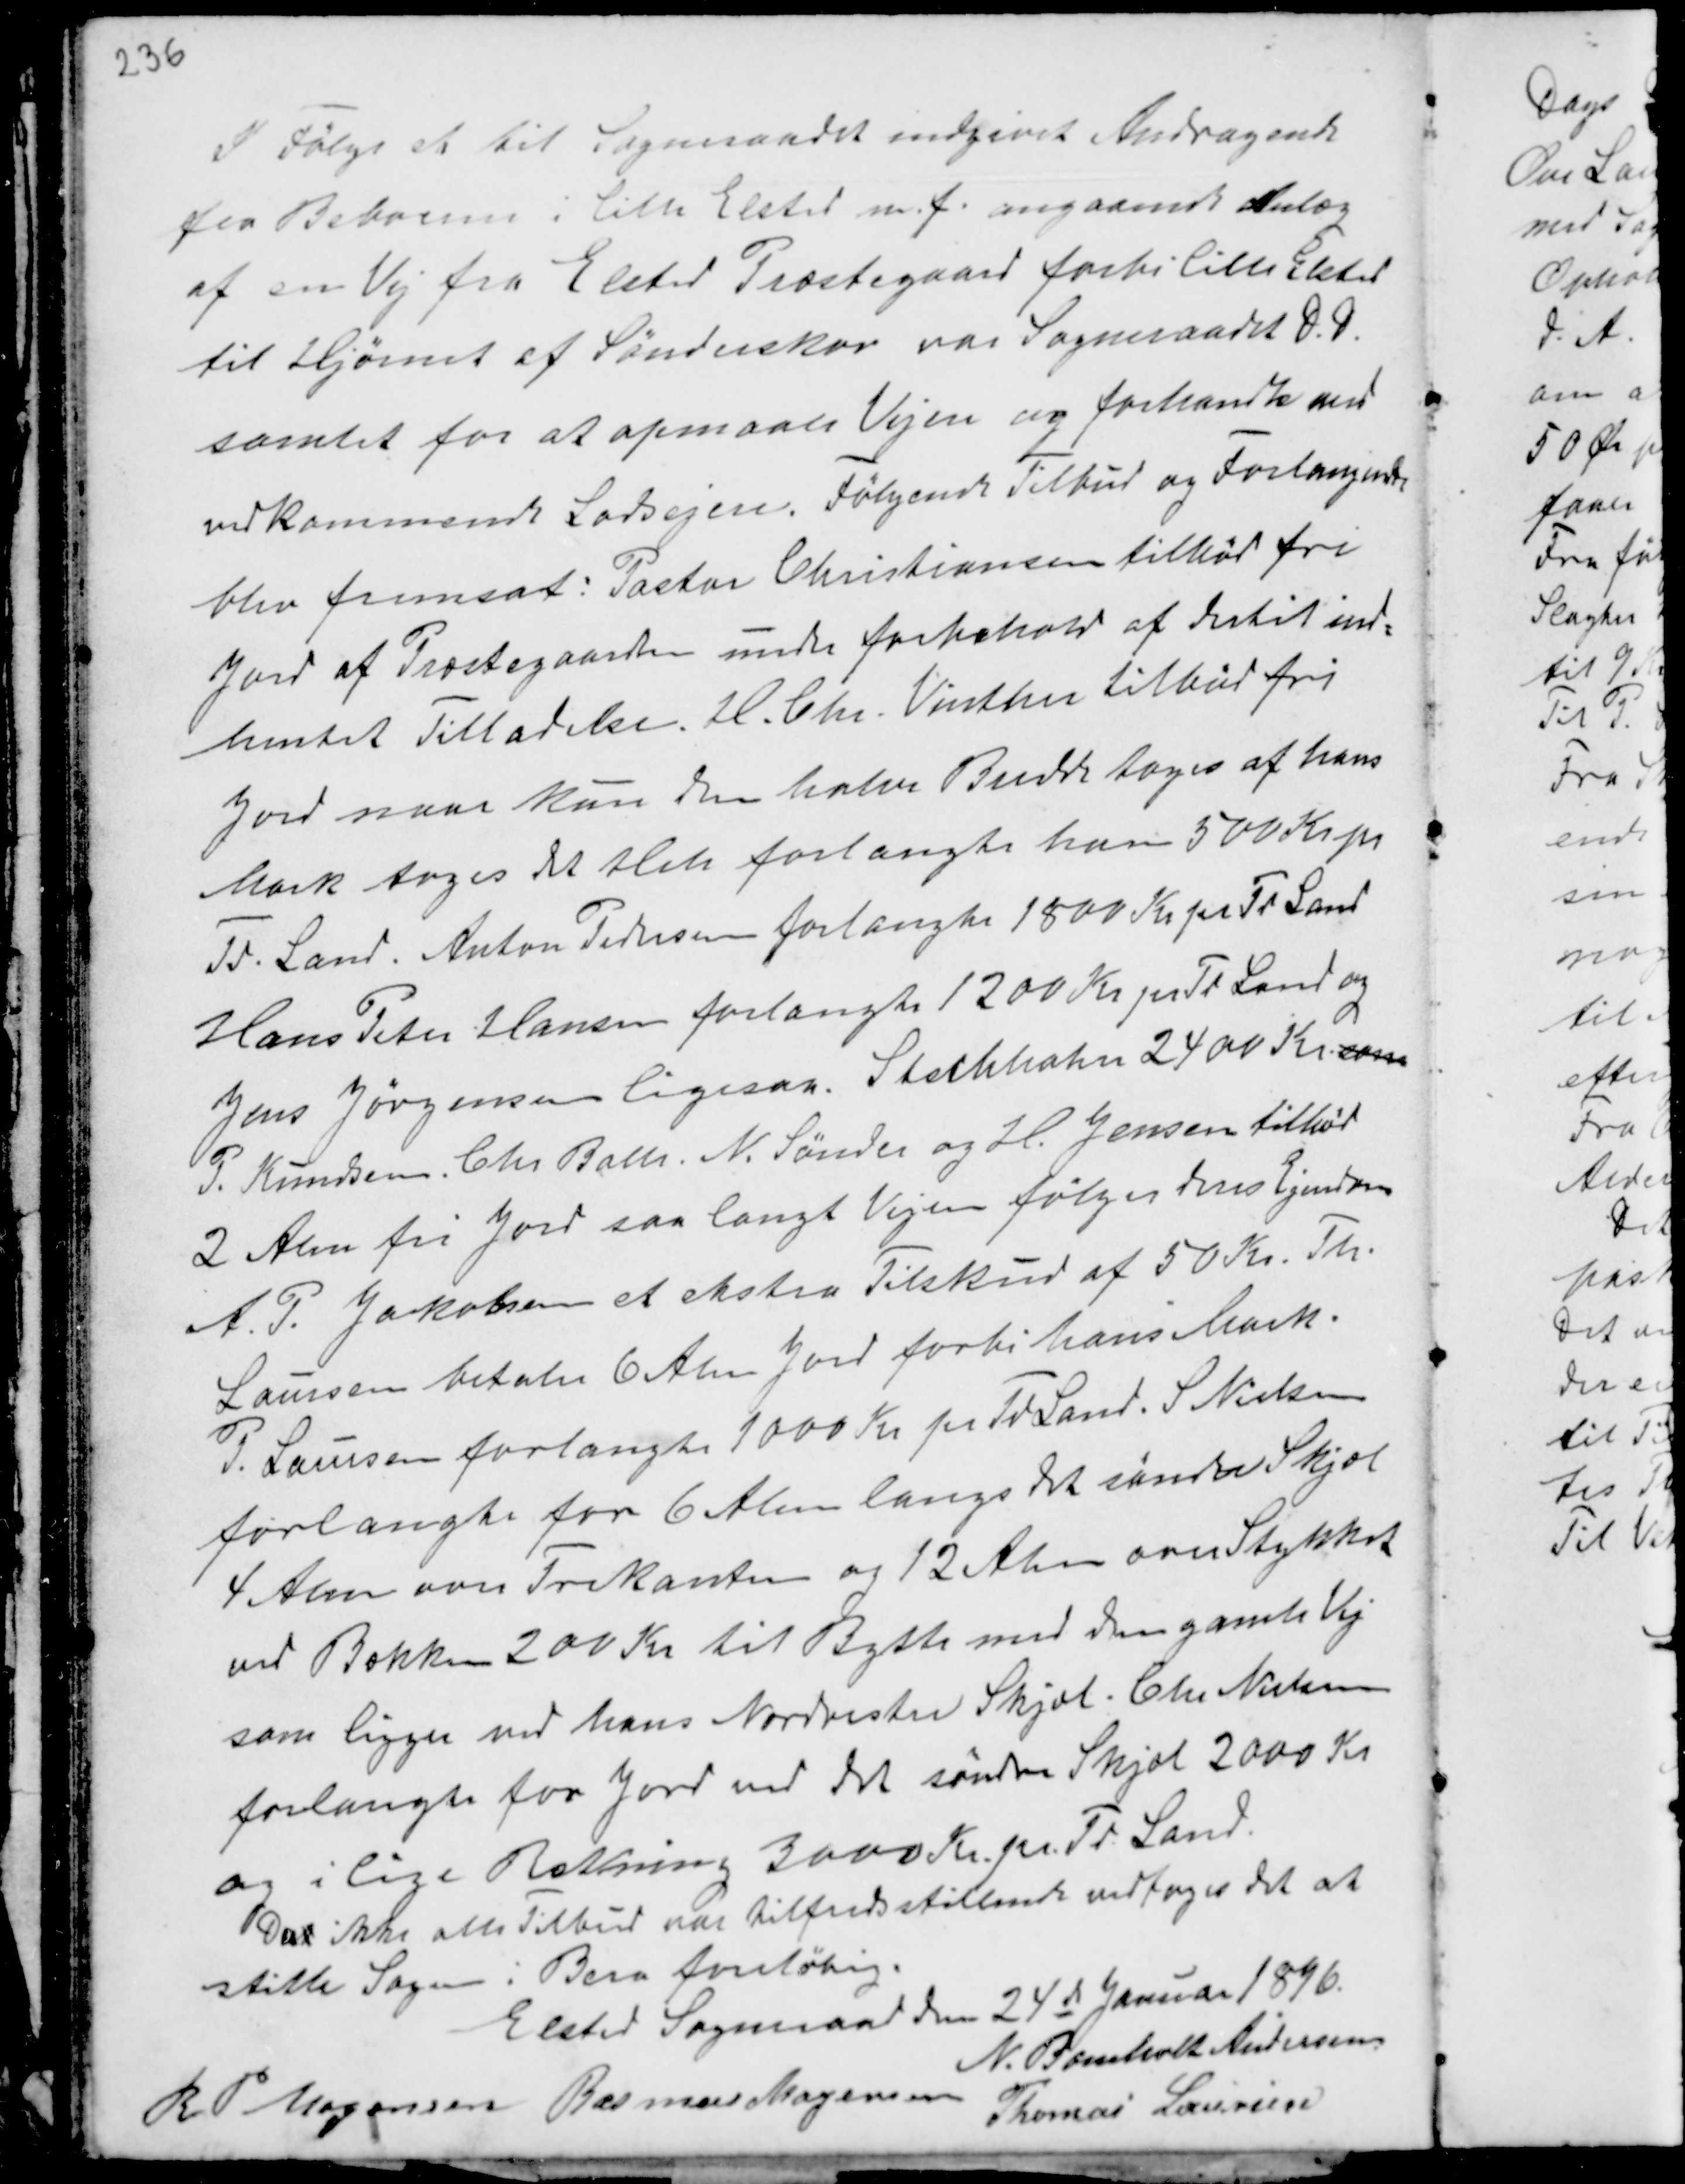
Transskription:
I Følge et til Sogneraadet indgivet Andragende
fra Beboerne i Lille Elsted m.f. angaaende Anlæg
af en Vej fra Elsted Præstegaard forbi Lille Elsted
til Hjørnet af Sønderskov var Sogneraadet D.D.
samlet for at opmaale Vejen og forhandle med
vedkommende Lodsejere. Følgende Tilbud og Forlangende
blev fremsat: Pastor Christiansen tilbød fri
Jord af Præstegaarden under forbehold af dertil ind-
hentet Tilladelse. H. Chr. Vinther tilbød fri
Jord naar kun den halve Bredde toges af hans
Mark toges det Hele forlangte han 500 Kr pr
Td. Land. Anton Pedersen forlangte 1800 Kr pr Td Land.
Hans Peter Hansen forlangte 1200 Kr pr Td Land og
Jens Jørgensen ligesaa. Ststhhahn 2400 Kr som
P. Knudsen. Chr Balle. N. Sønder og H. Jensen tilbød
2 Alen fri Jord saa langt Vejen følger deres Ejendom
A. P. Jakobsen et ekstra Tilskud af 50 Kr. Th.
Laursen betaler 6 Alen Jord forbi hans Mark.
P. Laursen forlangte 1000 Kr pr Td Land. S Nielsen
forlangte for 6 Alen langs det søndre Skjæl
4 Alen over Trekanten og 12 Alen over Stykket
ved Bækken 200 Kr. til Bytte med den gamle Vej
som ligger ved hans Nordvestre Skjæl. Chr Nielsen
forlangte for Jord ved det søndre Skjæl 2000 Kr
og i lige Rathning 300 Kr. pr Td. Land.
Dat ikke alle Tilbud var tilfredstillende vedtoges det at
stille Sagen i Bero foreløbig.
Elsted Sogneraad den 24de Januar 1896.
N. Bomholt Andersen
R P Mogensen Rasmus Mogensen
Thomas Laursen